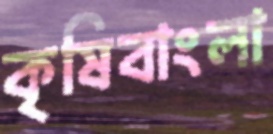
কৃষিবাংলা